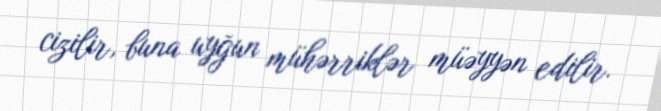
cizilir, buna uyğun mühərriklər müəyyən edilir.